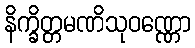
နိက္ခိတ္တမဏိသုဝဏ္ဏော